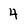
Character: 4